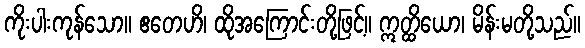
ကိုးပါးကုန်သော။ ဧတေဟိ၊ ထိုအကြောင်းတို့ဖြင့်။ ဣတ္ထိယော၊ မိန်းမတို့သည်။